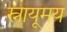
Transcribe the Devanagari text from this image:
स्नायूमय